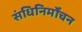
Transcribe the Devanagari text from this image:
संधिनिर्मोंचन